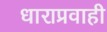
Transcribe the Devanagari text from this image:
धाराप्रवाही